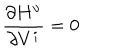
\frac { \partial H ^ { \upsilon } } { \partial V ^ { i } } = 0